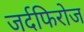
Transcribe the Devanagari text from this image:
जर्दफिरोज